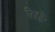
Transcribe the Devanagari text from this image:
तितुलें